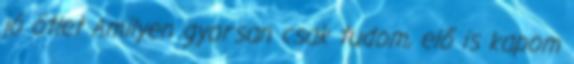
jó ötlet Amilyen gyorsan csak tudom, elő is kapom